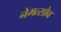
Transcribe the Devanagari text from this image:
नेमत्सोव